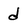
Character: d